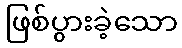
ဖြစ်ပွားခဲ့သော